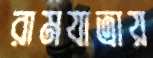
রামযাত্রায়